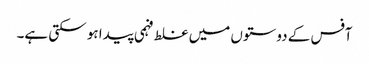
آفس کے دوستوں میں غلط فہمی پیدا ہو سکتی ہے۔